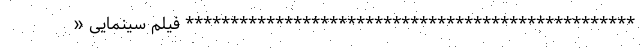
************************************************** فیلم سینمایی «